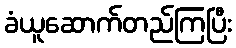
ခံယူဆောက်တည်ကြပြီး